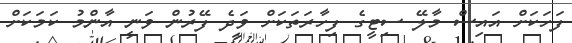
ފަހަކަށް އައިސް މާލޭ ސިޓީގެ ފިހާރަތަކަށް ވަދެ ފޭރުން ވަނީ އާންމު ކަމަކަށް